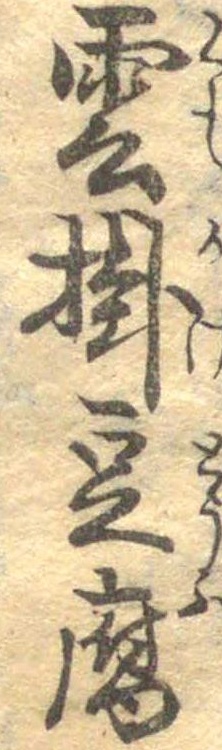
雲掛豆腐